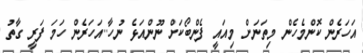
އަހަރެން ކޮންމެހެން މިތަނަށް މިއައީ ފެންބޯކަށް ނޫންއަޅެ ނުހާ..އަހަރެން ހަމަ ފަރީ ގާތު